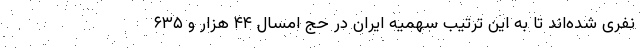
نفری شده‌اند تا به این ترتیب سهمیه ایران در حج امسال ۴۴ هزار و ۶۳۵